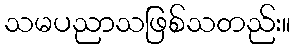
သမပညာသဖြစ်သတည်း။